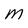
Character: M